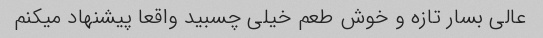
عالی بسار تازه و خوش طعم خیلی چسبید واقعا پیشنهاد میکنم